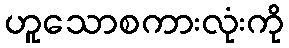
ဟူသောစကားလုံးကို